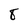
Character: 8